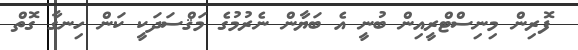
ފޮރިން މިނިސްޓްރީއިން ބުނީ އެ ބަޔާން ނެރުމުގެ މަޤްސަދަކީ ކަން ހިނގާ ގޮތް